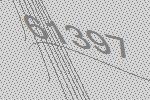
61397